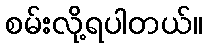
စမ်းလို့ရပါတယ်။